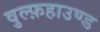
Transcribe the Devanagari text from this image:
वुल्फ़हाउण्ड